system: You are a helpful assistant.
user:
Analyze the provided spectrum to determine if it is a **S-type Star**.

- **Key Indicators for S-type Star:**

    - **(Overall Spectrum Shape):** The first and most obvious characteristic is the overall continuum (the "baseline" shape). It is **extremely "red-sloping,"** meaning the flux (light intensity) is very low on the left side (blue, ~4000-4500 Å) and rises steeply and continuously toward the right side (red, ~7000 Å+).

    - **(Primary):** The spectrum is defined by the presence of strong, broad molecular absorption "valleys" (bands) from **Zirconium Oxide (ZrO)**. The identification of these bands is the **primary requirement** for classifying a star as S-type.
        - **(Key Bandheads):** You must find distinct, deep "dips" where the light has been absorbed. The most critical band systems to locate are:
            - **~6474 Å** ($\gamma$-system): This is often the strongest and clearest ZrO feature, found in the red part of the spectrum.
            - **~5718 Å** & **~5551 Å** ($\beta$-system): A pair of prominent absorption features in the yellow-orange part of the spectrum.
            - **~4640 Å** ($\alpha$-system): A key absorption band system in the blue-green region of the spectrum.

    - **(Secondary Confirmation):** The classification is strengthened by finding additional absorption bands from other related heavy element oxides, which are expected to be present alongside ZrO.
        - **(Key Bandheads):**
            - **Yttrium Oxide (YO):** Look for absorption dips near **~4800 Å** and **~6100 Å**.
            - **Lanthanum Oxide (LaO):** Additional absorption features, particularly in the red-orange part of the spectrum, are also characteristic.

    - **(Line Profile):** The combination of the steep red continuum and these numerous, deep molecular bands (ZrO, YO, etc.) gives the entire spectrum a very **"chopped-up"** or **"bumpy"** appearance. Instead of a smooth curve, the spectrum looks as though large, wide chunks of light have been "carved out" of it at the specific wavelengths listed above.

Think first, call **spectral_visualization_tool** if needed to examine features in detail, then provide your final answer. Your response must adhere to the following strict rules:
1.  **Overall Structure:** Your response must follow the format `<think>...</think> <tool_call>...</tool_call> (if a tool is used) <answer>...</answer>`.
2.  **Tool Usage Constraint:** You may only make **one** tool call per turn.
3.  **Final Answer Format:** In the `<answer>` tag, your conclusion must be inside a `\boxed{}` command (e.g., `\boxed{YES}` or `\boxed{NO}`), followed by your justification.

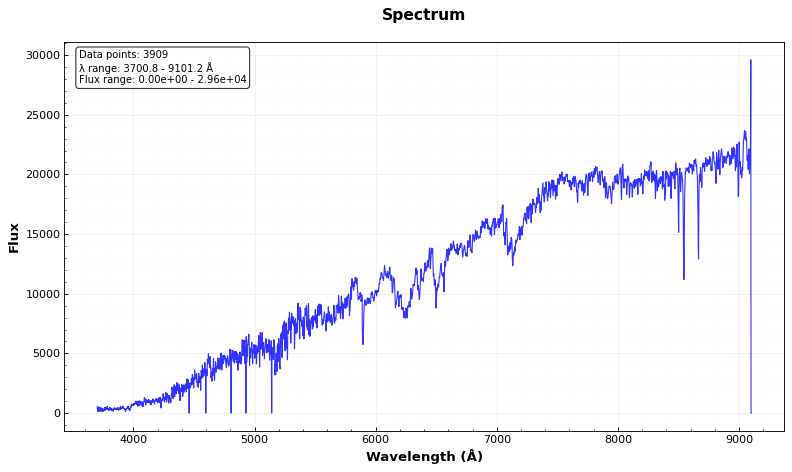
Answer: YES